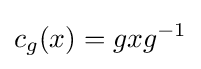
c_{g}(x)=gxg^{-1}